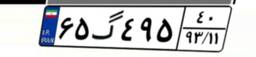
۶۵گ۴۹۵۴۰